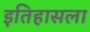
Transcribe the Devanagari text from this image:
इतिहासला